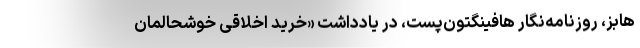
هابز، روزنامه‌نگار هافینگتون‌پست، در یادداشت «خرید اخلاقی خوشحالمان